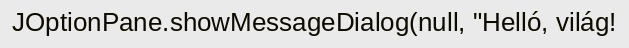
JOptionPane.showMessageDialog(null, "Helló, világ!